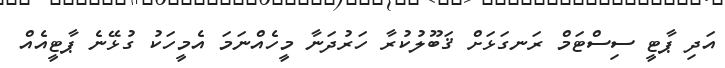
އަދި ޕާޓީ ސިސްޓަމް ރަނގަޅަށް ޤަބޫލުކުރާ ހަރުދަނާ މީހެއްނަމަ އެމީހަކު ގުޅޭނެ ޕާޓީއެއް